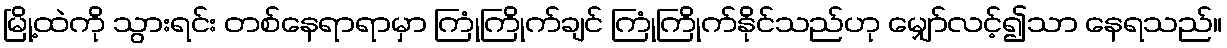
မြို့ထဲကို သွားရင်း တစ်နေရာရာမှာ ကြုံကြိုက်ချင် ကြုံကြိုက်နိုင်သည်ဟု မျှော်လင့်၍သာ နေရသည်။